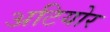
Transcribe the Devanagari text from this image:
अटियोर